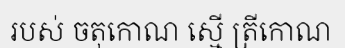
របស់ ចតុកោណ ស្មើ ត្រីកោណ